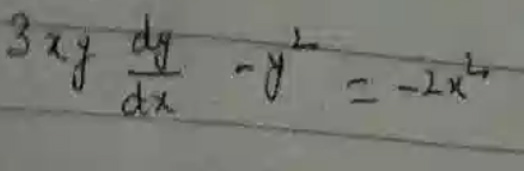
\[3xy\frac{dy}{dx}-y^{2}=-2x^{2}\]